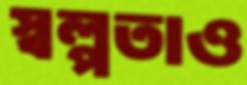
স্বল্পতাও